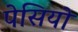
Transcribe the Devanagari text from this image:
पेसियो